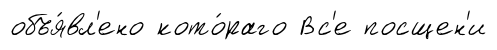
объя́вл'ено кото́раго Вс'е посщен'и